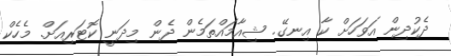
ދެކުދިން އަވަހަށް ކާ އިނގޭ. ޝިއާމައްތަމެން ދެން މިދަނީ ކޮޓަރިއަށް. މެހެކް